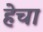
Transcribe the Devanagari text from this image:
हेचा